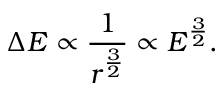
\Delta E \propto { \frac { 1 } { r ^ { \frac { 3 } { 2 } } } } \propto E ^ { \frac { 3 } { 2 } } .